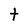
Character: t